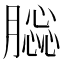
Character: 𦠤